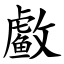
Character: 䲣